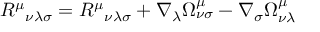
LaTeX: R ^ { \mu } { } _ { \nu \lambda \sigma } = R ^ { \mu } { } _ { \nu \lambda \sigma } + \nabla _ { \lambda } \Omega _ { \nu \sigma } ^ { \mu } - \nabla _ { \sigma } \Omega _ { \nu \lambda } ^ { \mu }